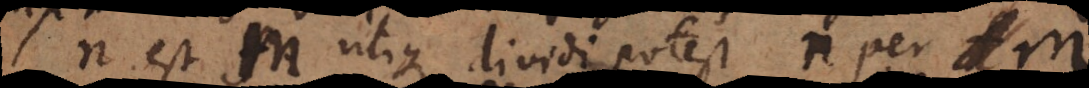
n est m utique dividi potest n per m